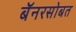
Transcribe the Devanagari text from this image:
बॅनरसोबत